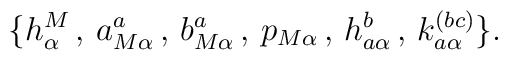
\{h^M_\alpha\, ,\, a_{M\alpha}^a\, ,\, b_{M\alpha}^a\, ,\, p_{M \alpha}\, ,\, h_{a \alpha}^b\, ,\, k_{a \alpha}^{(bc)}\}.